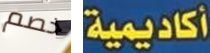
خصم أكاديمية